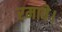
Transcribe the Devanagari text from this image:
रमावे।